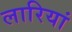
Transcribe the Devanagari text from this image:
लारियां